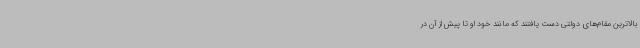
بالاترین مقام‌های دولتی دست یافتند که مانند خود او تا پیش از آن در